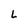
Character: l